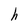
Character: h